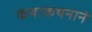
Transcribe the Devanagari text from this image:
कथाकथनाने